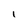
Character: 1